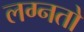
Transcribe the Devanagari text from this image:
लग्नतो